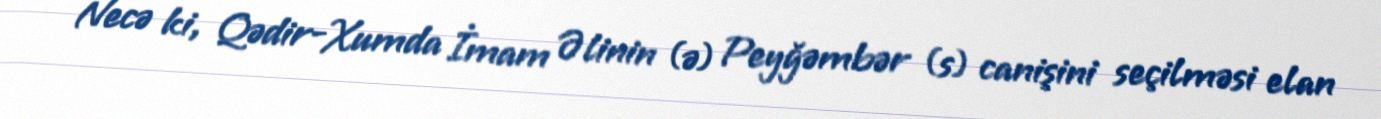
Necə ki, Qədir-Xumda İmam Əlinin (ə) Peyğəmbər (s) canişini seçilməsi elan